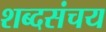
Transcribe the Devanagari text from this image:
शब्दसंचय